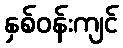
နှစ်ဝန်းကျင်